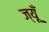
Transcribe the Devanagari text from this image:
ज्यूँ